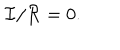
{ \mathcal { I } } / { \mathcal { R } } = 0 .